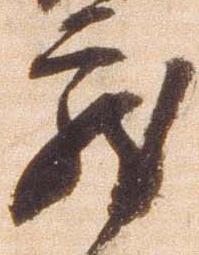
蔵